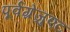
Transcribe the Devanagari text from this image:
पूर्वग्रेजुएट